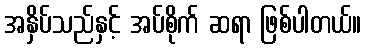
အနှိပ်သည်နှင့် အပ်စိုက် ဆရာ ဖြစ်ပါတယ်။